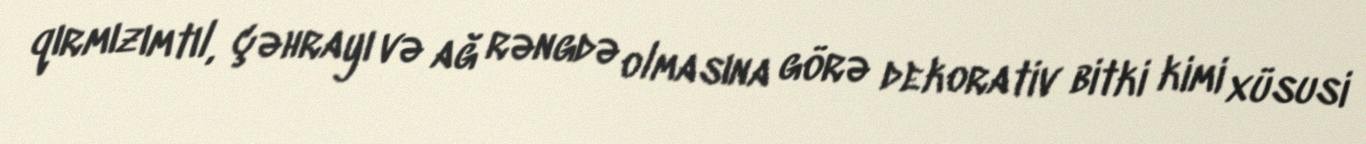
qırmızımtıl, çəhrayı və ağ rəngdə olmasına görə dekorativ bitki kimi xüsusi